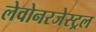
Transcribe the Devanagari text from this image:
लेवोनरजेस्ट्रल